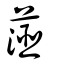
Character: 𦶜